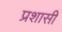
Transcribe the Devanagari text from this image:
प्रशासी